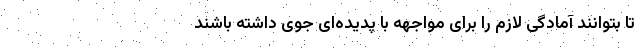
تا بتوانند آمادگی لازم را برای مواجهه با پدیده‌ای جوی داشته باشند